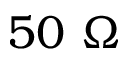
5 0 \ \Omega